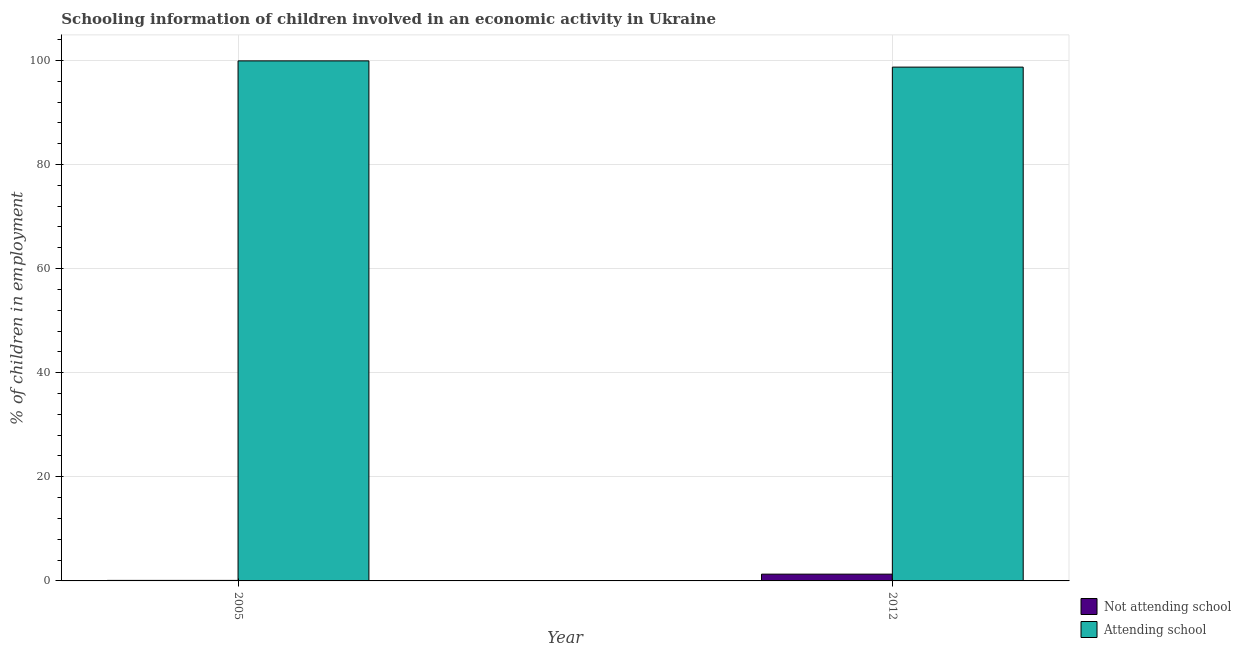
| Year | Not attending school | Attending school |
 | --- | --- | --- |
 | 2005 | 0.1 | 99.9 |
 | 2012 | 1.3 | 98.7 |